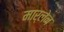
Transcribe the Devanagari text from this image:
मार्लेन